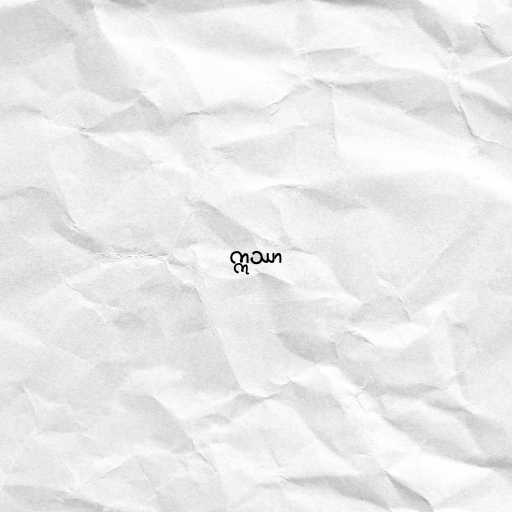
ဣဿာ